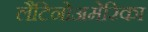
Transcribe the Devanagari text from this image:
लैटिनोअमेरिका